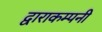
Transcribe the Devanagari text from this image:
द्वाराकम्‍पनी